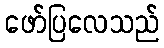
ဖော်ပြလေသည်